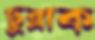
ছুব্‌লাক